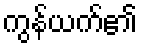
ကွန်ယက်၏